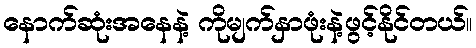
နောက်ဆုံးအနေနဲ့ ကိုမျက်နှာဖုံးနဲ့ဖွင့်နိုင်တယ်။